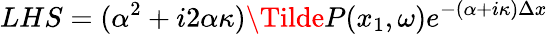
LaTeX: LHS=(\alpha^{2}+i2\alpha\kappa)\Tilde{P}(x_{1},\omega)e^{-(\alpha+i\kappa)\Delta x}